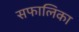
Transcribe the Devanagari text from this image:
सफालिका